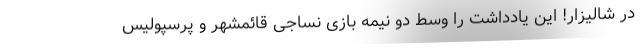
در شالیزار! این یادداشت را وسط دو نیمه بازی نساجی قائمشهر و پرسپولیس